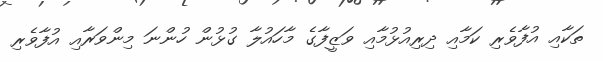
ތަކާއި އުފާވެރި ކަމާއި ދިރިއުޅުމާއި ވަޒީފާގެ މާހައުލާ ގުޅުން ހުންނަ މިންވަރާއި އުފާވެރި